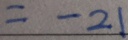
= - 2 1